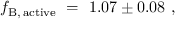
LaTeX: f _ { \mathrm { B , \, a c t i v e } } ~ = ~ 1 . 0 7 \pm 0 . 0 8 ~ ,